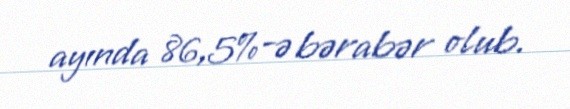
ayında 86,5%-ə bərabər olub.